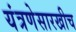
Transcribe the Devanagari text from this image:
यंत्रणेसारखीच